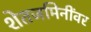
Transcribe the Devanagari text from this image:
शेतजमिनींवर